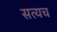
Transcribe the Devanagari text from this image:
सत्यच